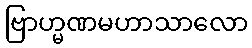
ဗြာဟ္မဏမဟာသာလော